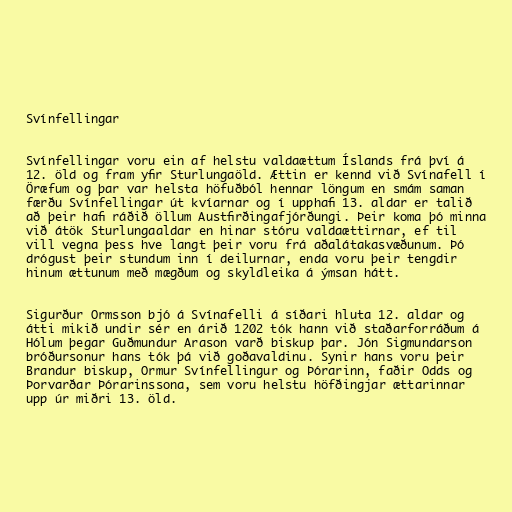
Svínfellingar

Svínfellingar voru ein af helstu valdaættum Íslands frá því á
12. öld og fram yfir Sturlungaöld. Ættin er kennd við Svínafell í
Öræfum og þar var helsta höfuðból hennar löngum en smám saman
færðu Svínfellingar út kvíarnar og í upphafi 13. aldar er talið
að þeir hafi ráðið öllum Austfirðingafjórðungi. Þeir koma þó minna
við átök Sturlungaaldar en hinar stóru valdaættirnar, ef til
vill vegna þess hve langt þeir voru frá aðalátakasvæðunum. Þó
drógust þeir stundum inn í deilurnar, enda voru þeir tengdir
hinum ættunum með mægðum og skyldleika á ýmsan hátt.

Sigurður Ormsson bjó á Svínafelli á síðari hluta 12. aldar og
átti mikið undir sér en árið 1202 tók hann við staðarforráðum á
Hólum þegar Guðmundur Arason varð biskup þar. Jón Sigmundarson
bróðursonur hans tók þá við goðavaldinu. Synir hans voru þeir
Brandur biskup, Ormur Svínfellingur og Þórarinn, faðir Odds og
Þorvarðar Þórarinssona, sem voru helstu höfðingjar ættarinnar
upp úr miðri 13. öld.